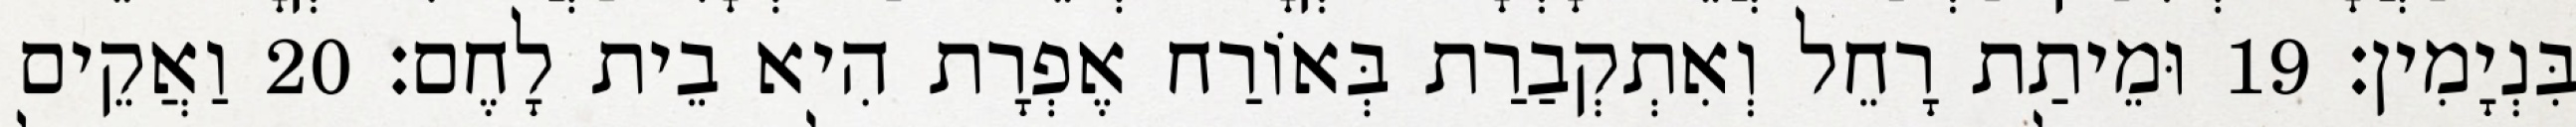
בִּנְיָמִין׃ 19 וּמֵיתַת רָחֵל וְאִתְקְבַרַת בְּאוֹרַח אֶפְרָת הִיא בֵית לָחֶם׃ 20 וַאֲקֵים